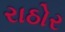
રાઠોર